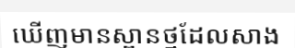
ឃើញមានស្ពានថ្មដែលសាង